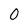
Character: 0